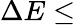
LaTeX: \Delta E\le